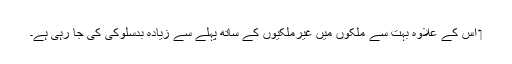
‏ اِس کے علاوہ بہت سے ملکوں میں غیرملکیوں کے ساتھ پہلے سے زیادہ بدسلوکی کی جا رہی ہے۔